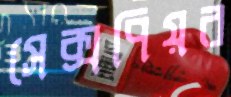
সেক্সপিয়র